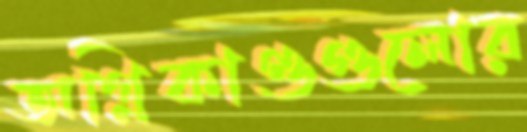
অগ্নিকাণ্ডগুলোর